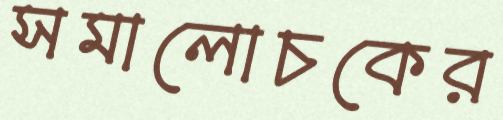
সমালোচকের